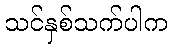
သင်နှစ်သက်ပါက